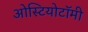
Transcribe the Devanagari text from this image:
ओस्टियोटॉमी